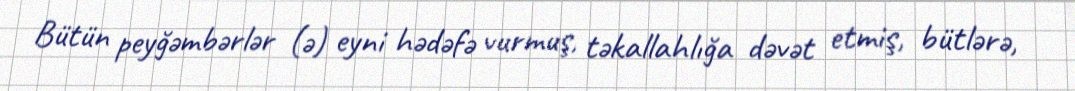
Bütün peyğəmbərlər (ə) eyni hədəfə vurmuş, təkallahlığa dəvət etmiş, bütlərə,